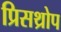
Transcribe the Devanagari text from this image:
प्रिसथ्रोप